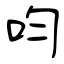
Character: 呁